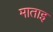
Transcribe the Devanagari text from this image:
माताइ